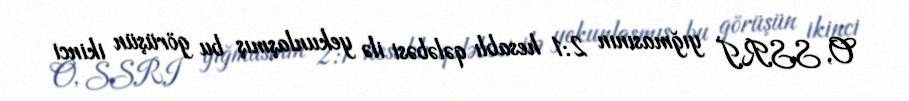
O, SSRİ yığmasının 2:1 hesablı qələbəsi ilə yekunlaşmış bu görüşün ikinci